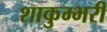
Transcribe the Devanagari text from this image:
शाकुम्भरी